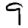
Digit: 9